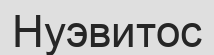
Нуэвитос